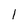
Character: l